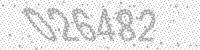
Solution: 026482